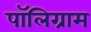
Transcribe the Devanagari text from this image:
पॉलिग्राम